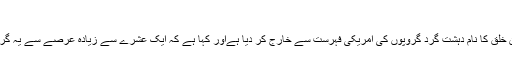
’مجاہدین خلق‘ مزید دہشت گرد گروپ نہیں، امریکا
امریکا نے ایران کے عسکریت پسند اپوزیشن گروپ مجاہدین خلق کا نام دہشت گرد گروپوں کی امریکی فہرست سے خارج کر دیا ہےاور کہا ہے کہ ایک عشرے سے زیادہ عرصے سے یہ گروپ دہشت گردی کے سلسلے میں سرگرم عمل نہیں رہا ہے۔